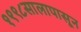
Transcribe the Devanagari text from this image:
१९९८सालापासून